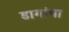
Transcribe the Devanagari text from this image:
डागांचा